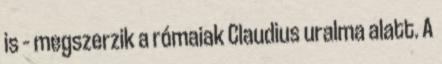
is – megszerzik a rómaiak Claudius uralma alatt. A